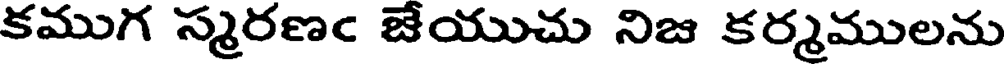
కముగ స్మరణఁ జేయుచు నిజ కర్మములను